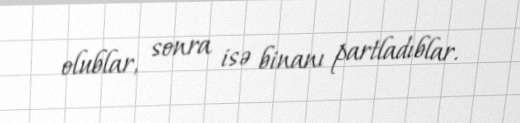
olublar, sonra isə binanı partladıblar.